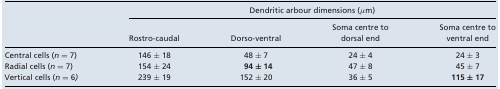
|  | <COLSPAN=4> Dendritic arbour dimensions (μm) |
 |  |  |  | Soma centre to | Soma centre to |
 |  | Rostro-caudal | Dorso-ventral | dorsal end | ventral end |
 | --- | --- | --- | --- | --- |
 | Central cells (n = 7) | 146 ± 18 | 48 ± 7 | 24 ± 4 | 24 ± 3 |
 | Radial cells (n = 7) | 154 ± 24 | 94 ± 14 | 47 ± 8 | 45 ± 7 |
 | Vertical cells (n = 6) | 239 ± 19 | 152 ± 20 | 36 ± 5 | 115 ± 17 |